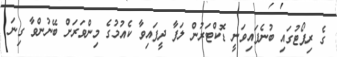
ގެ ރިޕޯޓުގައި ބުނެފައިވަނީ ޑޮކްޓަރުން ލަފާ ދީފައިވާ ކެއުމުގެ މިންވަރަށް ބޭނުންވާ ގިނަ